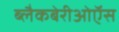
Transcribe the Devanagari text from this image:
ब्लैकबेरीओऍस